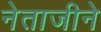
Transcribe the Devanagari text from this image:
नेताजीने